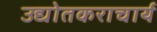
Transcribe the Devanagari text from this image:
उद्योतकराचार्य